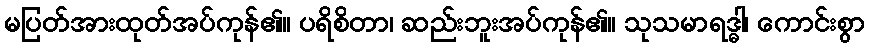
မပြတ်အားထုတ်အပ်ကုန်၏။ ပရိစိတာ၊ ဆည်းဘူးအပ်ကုန်၏။ သုသမာရဒ္ဓါ၊ ကောင်းစွာ